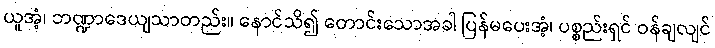
ယူအံ့၊ ဘဏ္ဍာဒေယျသာတည်း။ နောင်သိ၍ တောင်းသောအခါ ပြန်မပေးအံ့၊ ပစ္စည်းရှင် ဝန်ချလျင်